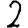
Digit: 2